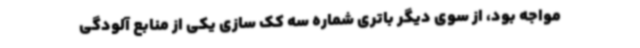
مواجه بود، از سوی دیگر باتری شماره سه کک سازی یکی از منابع آلودگی